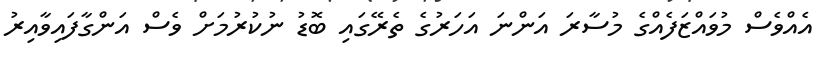
އެއްވެސް މުވައްޒަފެއްގެ މުސާރަ އަންނަ އަހަރުގެ ތެރޭގައި ބޮޑު ނުކުރުމަށް ވެސް އަންގާފައިވާއިރު